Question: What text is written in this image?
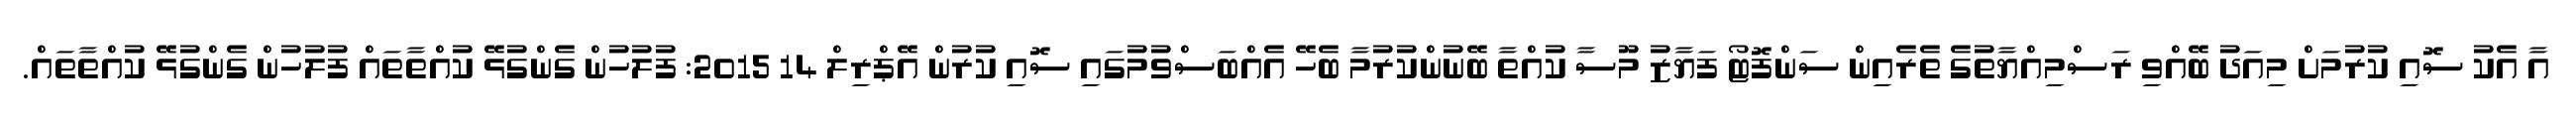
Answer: އާ އެކު ސޮއި ކުރުމަށް މިއަދު ބޭއްވި ރަސްމިއްޔާތުގެ ތެރެއިން ސަންފޮޓޯ ފަޔާޒު މޫސާ ކުއްތާ ބޭނުންކުރުމާ ބެހޭ އެއްބަސްވުމުގައި ސޮއި ކުރުން އޭޕްރިލް 14 2015: ފުލުހުން ގެންގުޅޭ ކުއްތާތައް ފުލުހުން ގެންގުޅޭ ކުއްތާތައް.